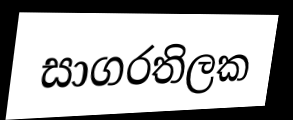
සාගරතිලක